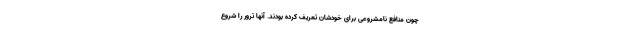
چون منافع نامشروعی برای خودشان تعریف کرده بودند. آنها ترور را شروع